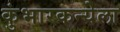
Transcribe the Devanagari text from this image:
कुंभारकन्येला